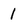
Character: l